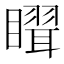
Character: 𥋉